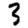
Digit: 3